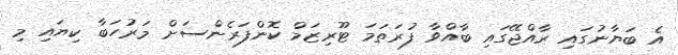
އެ ބަޔާނުގައި ރާއްޖޭގައި ބާއްވާ ފުރަތަމަ ޓޫރިޒަމް ކޮންފަރެންސަށް މަރުހަބާ ކިޔައި މި